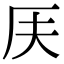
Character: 𠨶